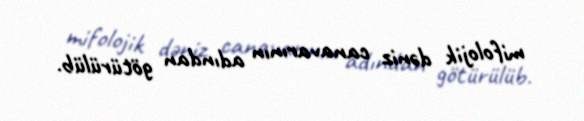
mifolojik dəniz canavarının adından götürülüb.